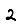
Digit: 2